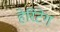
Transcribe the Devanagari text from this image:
हेरिटेग